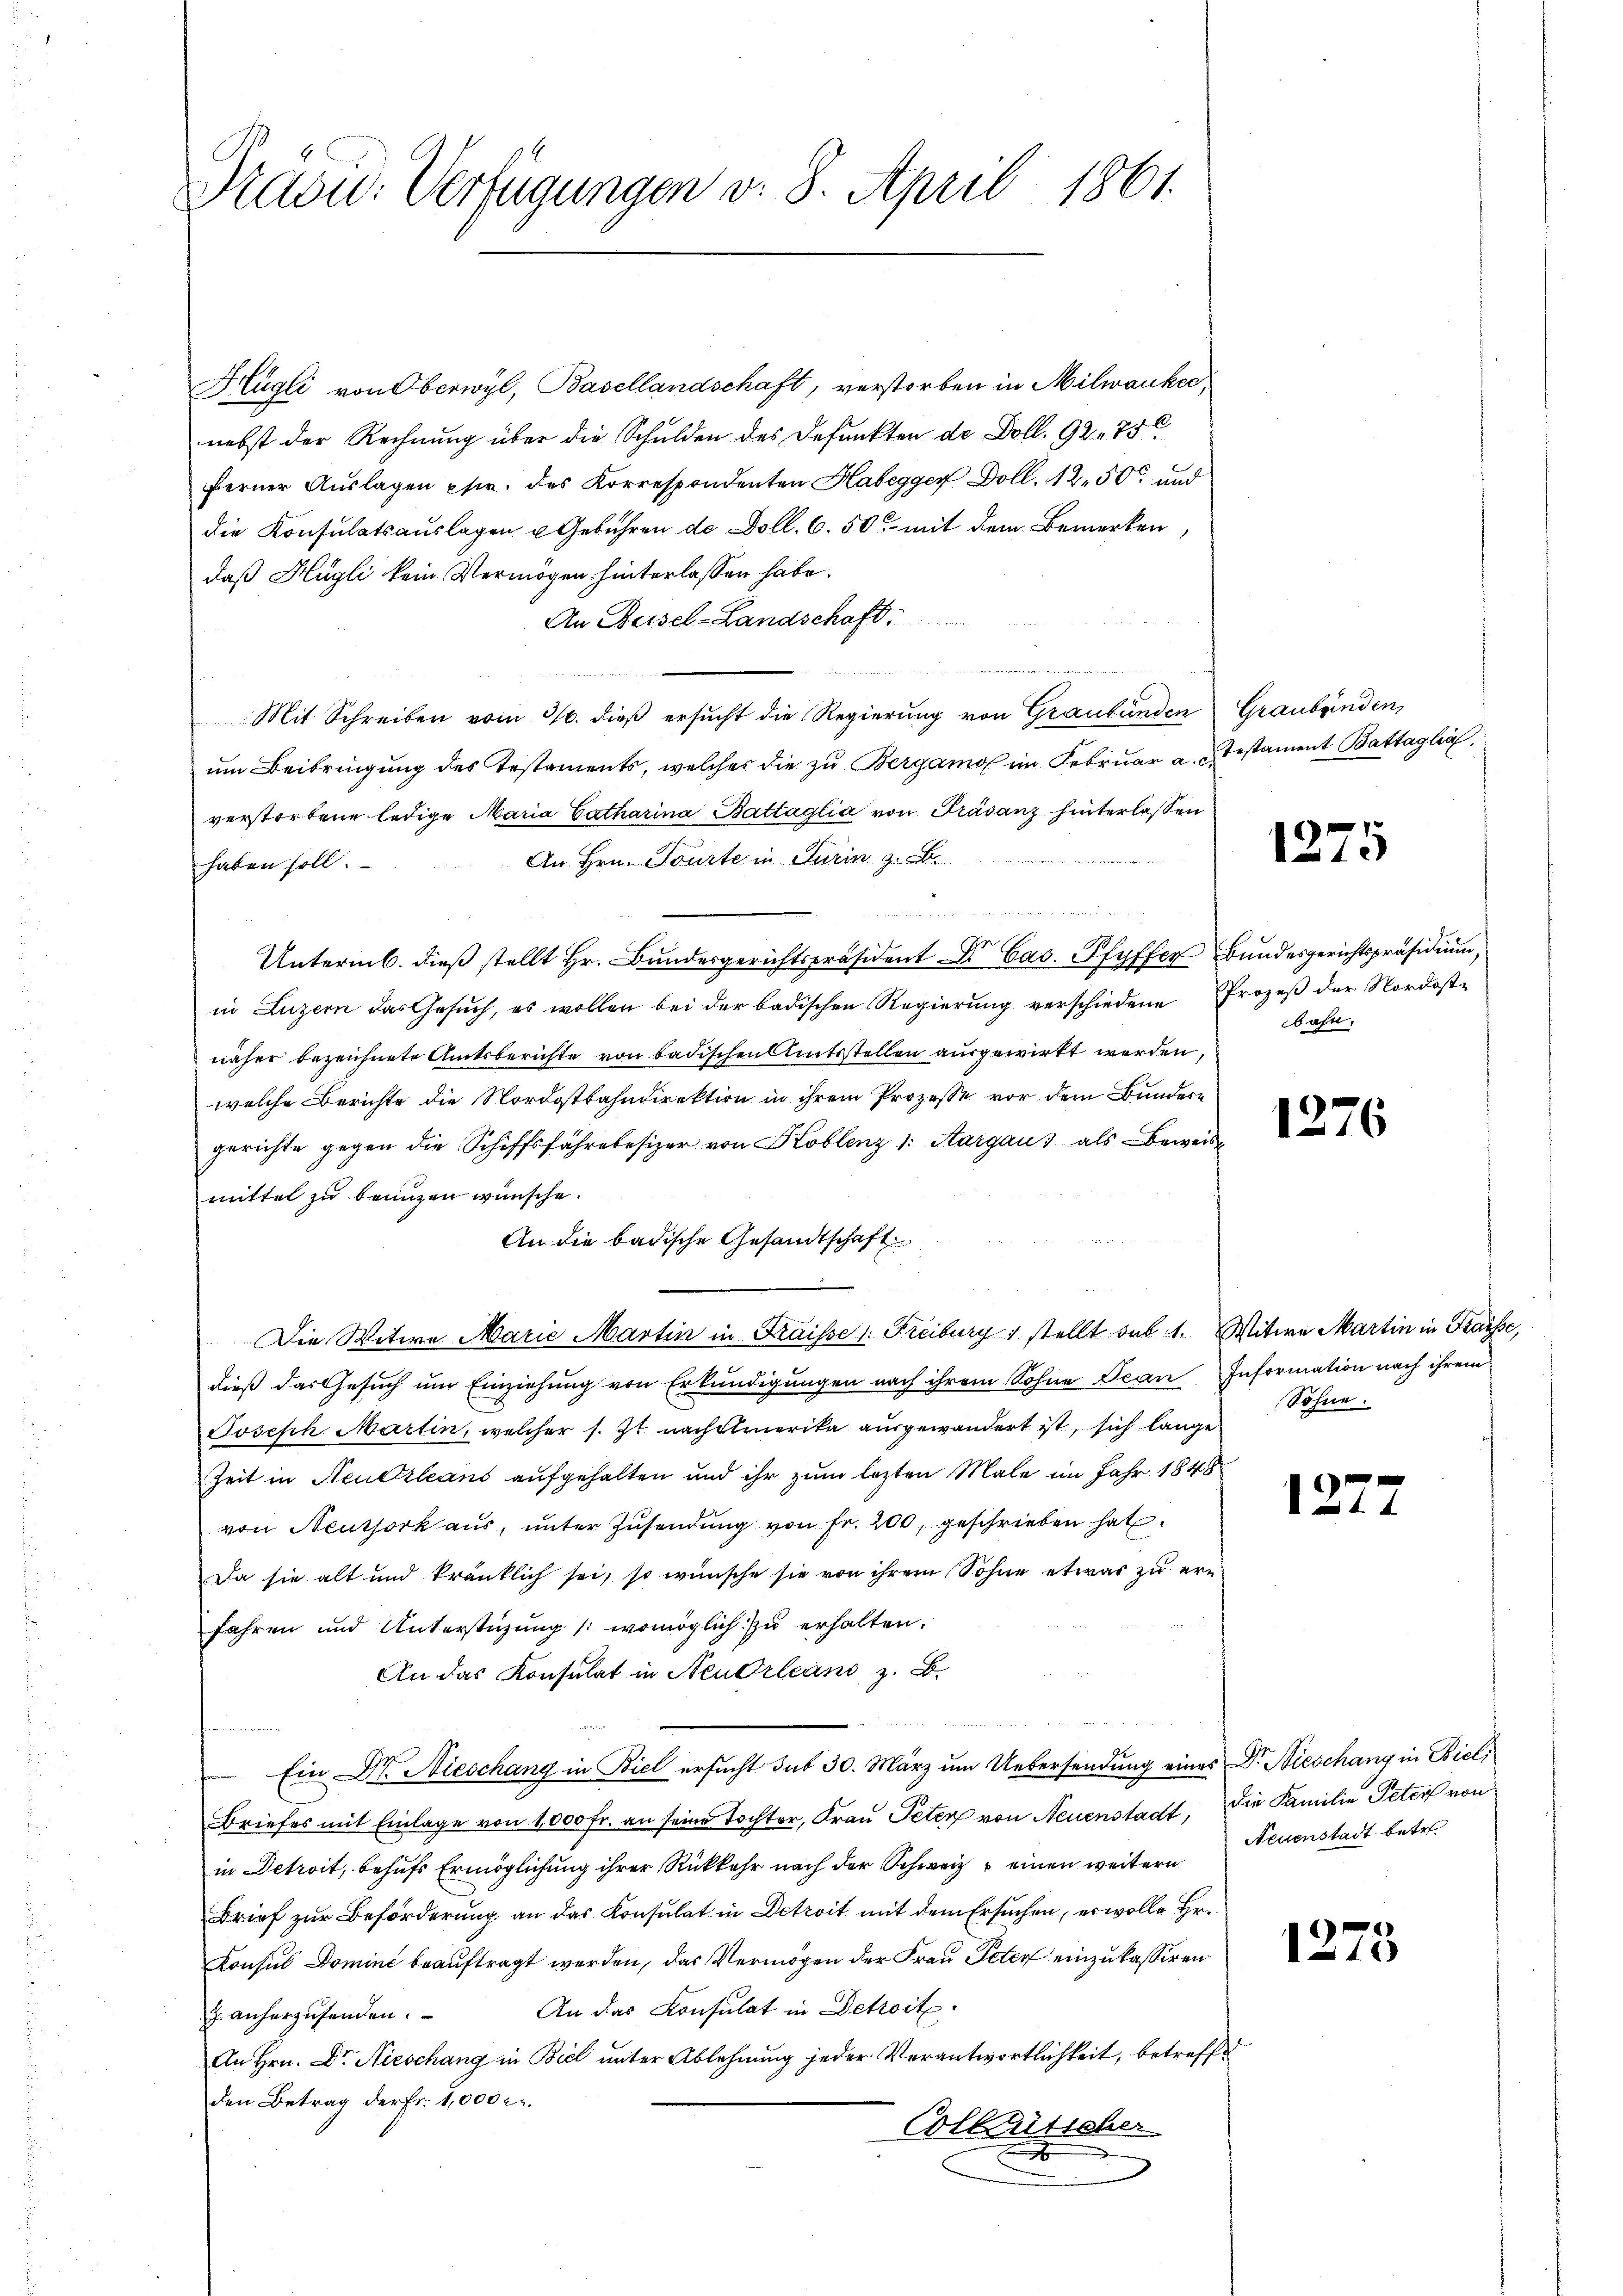
Staou. Verfügungen v. 8. April 1861.

Hügli von Oberwyl, Basellandschaft, verstorben in Milwanke,
nebst der Rechnung über die Schulden des Befunkten de Doll. 92. 750
ferner Aŭslagen pfer. des Korrespondenten Habegger Doll. 12. 50 und
die Konsulatsaŭslagen u Gebühren de Doll. 6. 50 mit dem Bemerken,
daß Hügli kein Vermögen hinterlassen habe.
An Basel-Landschaft.
Mit Schreiben vom 30. dieβ ersŭcht die Regierŭng von Graubünden Graubünden,
um Beibringung des Testaments, welches die zu Bergamo im Februar a. testament Battaglia,
verstorbene ledige Maria Catharina Battaglia von Präsenz hinterlassen
An Hrn. Tourte in Turin z. B.
haben soll.
w in der auch der
Untermb. dieß stellt Hr. Bundesgerichtspräsident Dr. Cac. Pfyffer Bundesgerichtspräsidium,
in Luzern das Gesuch, es wollen bei der badischen Regierung verschiedene Prozeß der Nordost-
näher bezeichnete Amtsberichte von badischen Amtsstellen ausgewirkt werden
welche Berichte die Nordostbahndirektion in ihrem Prozesse vor dem Bundern
gerichte gegen die Schiffsfahretesizer von Koblenz 1. Aargaus als Beweis
mittel zu benuzen wünsche.
An die badische Gesandtschaft
Die Witwe Marie Martin in Fraisse 1. Freiburg 1 stellt sub 1. Witwe Martin in Kraisse,
dieß das Gesuch um Einziehung von Erkundigungen nach ihrem Sohne Jean Information nach ihrem
Joseph Martin, welcher s. Zt. nach Amerika ausgewandert ist, sich lange
Zeit in Neuerleans aufgehalten und ihr zum lezten Male im Jahr 1848
von Neuthork aus, unter Zusendung von Fr. 200, geschrieben hat
Da sie alt und kränklich sei, so wünsche sie von ihrem Sohne etwas zu ern
fahren und Unterstüzung (womöglich zu erhalten.
An das Konsulat in Neudrleans z. B.
 19
Ein Dr. Nieschang in Biel ersucht sub 30. März um Uebersendung eines Dr. Nieschang in Biel,
Briefes mit Einlage von 1,000 Fr. an seine Tochter, Frau Peten von Neuenstadt, die Familie Peter von
in Detroit, behufs Ermöglichung ihrer Rückkehr nach der Schweiz & einen weitern
Brief zur Beförderung an das Konsulat in Detroit mit dem Ersuchen, er wolle Er¬
Konsul Domini beauftragt werden, das Vermögen der Frau Peter einzukassiren
 anherzŭsenden. An das Konsulat in Detroit.
An Hrn. Dr. Nieschang in Biel unter Ablehnung jeder Verantwortlichkeit, betreffe
den Betrag der Fr. 1,000 r.
Collenticher

1275

bahn.

1276

12

Söhne.

Neuenstadt betr.

1273